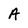
Character: A